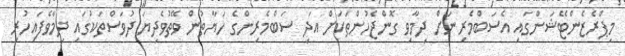
މިޕްރެޒެންޓޭޝަންގައި އެސަބްމެރިނަށް ދިމާވި ގޮންޖެހުންތަކަށް އަދި ސަބްމެރިންގެ ހަޔާތުން ވޭތުވެދިޔަ ދުވަސްތަކުގައި ދިމާވެފައިހުރި